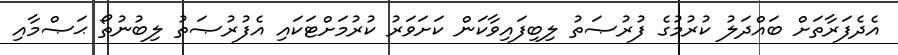
އެދެފަރާތަށް ބައްދަލު ކުރުމުގެ ފުރުޞަތު ލިބިފައިވާކަން ކަށަވަރު ކުރުމަށްޓަކައި އެފުރުޞަތު ލިބުނުތޯ ޙަޞްމާއި